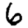
Digit: 6